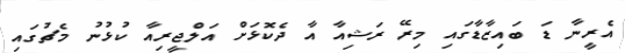
އެރީނާ ޑަ ބައިޒާޑާގައި މިރޭ ރަޝިއާ އާ ދެކޮޅަށް އަލްޖީރިއާ ކުޅުނު މެޗުގައި